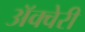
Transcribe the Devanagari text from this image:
अॅक्वेरी